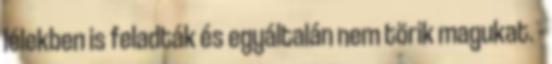
lélekben is feladták és egyáltalán nem törik magukat. -